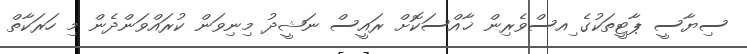
ސިޔާސީ ޕާޓީތަކުގެ ިއސްވެރިން ޚާއްސަކޮށް ރައީސް ނަޝީދު މިނިވަން ކުރައްވަންދެން މި ހަރަކާތް